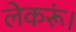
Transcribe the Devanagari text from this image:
लेकरूं।